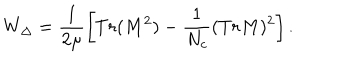
LaTeX: W _ { \Delta } = \frac { 1 } { 2 \mu } \left[ T r ( M ^ { 2 } ) - \frac { 1 } { N _ { c } } ( T r M ) ^ { 2 } \right] .